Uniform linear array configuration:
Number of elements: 8
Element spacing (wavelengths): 0.25
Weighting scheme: blackman
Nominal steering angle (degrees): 0
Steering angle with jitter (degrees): -1.733
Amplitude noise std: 0.05
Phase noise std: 0.05

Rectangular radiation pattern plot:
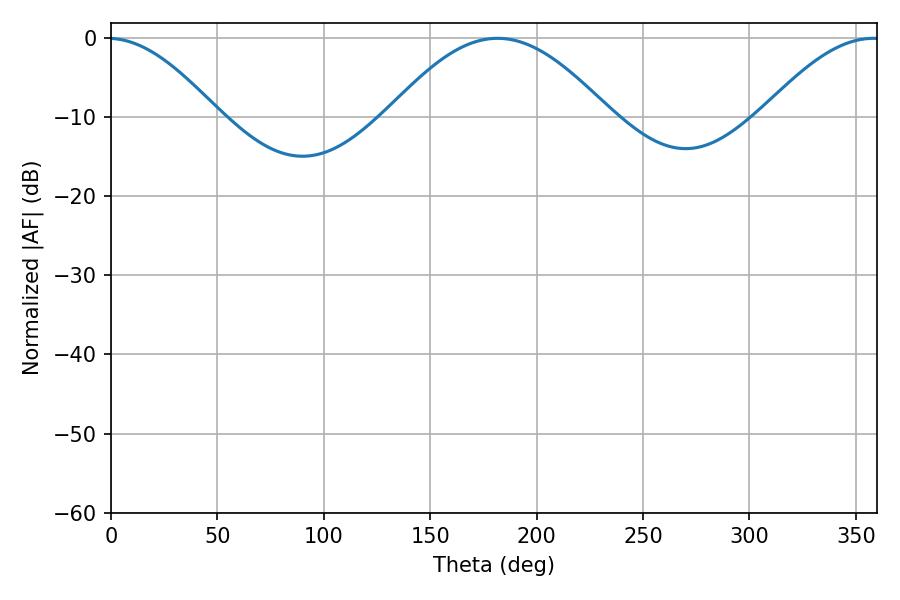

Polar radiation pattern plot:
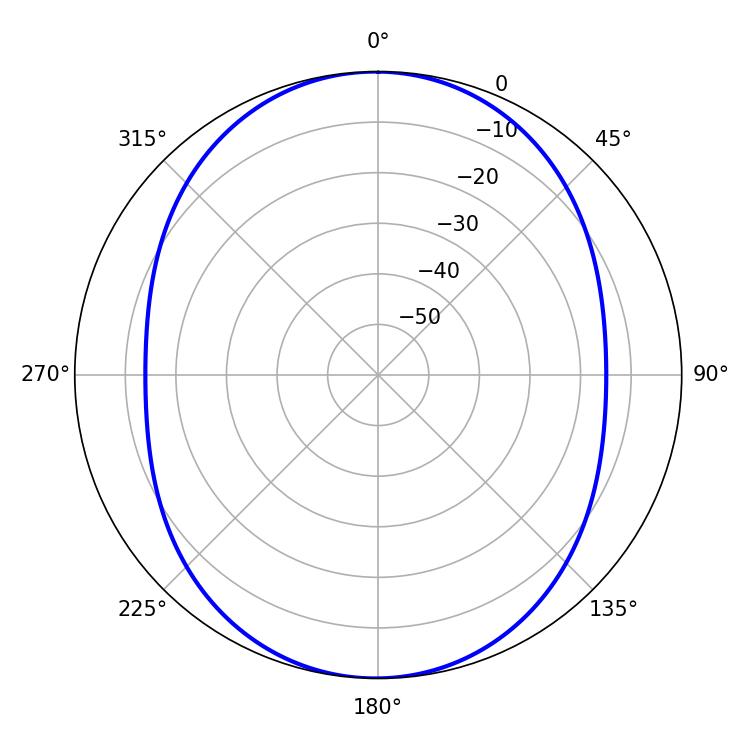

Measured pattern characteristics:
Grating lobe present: FALSE
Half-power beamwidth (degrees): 56.16
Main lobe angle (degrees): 181.62